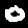
Label: 0